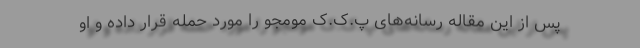
پس از این مقاله رسانه‌های پ.ک.ک مومجو را مورد حمله قرار داده و او